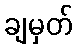
ချမှတ်